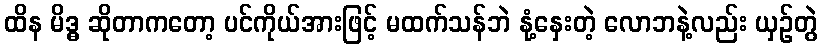
ထိန မိဒ္ဓ ဆိုတာကတော့ ပင်ကိုယ်အားဖြင့် မထက်သန်ဘဲ နုံ့နှေးတဲ့ လောဘနဲ့လည်း ယှဉ်တွဲ